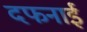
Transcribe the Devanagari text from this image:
दफनाई